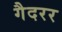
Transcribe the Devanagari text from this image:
गैदरर